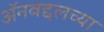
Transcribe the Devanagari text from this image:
अॅनबद्दलच्या